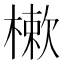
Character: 樕